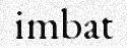
imbat